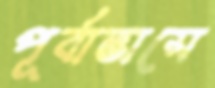
পূর্বাভাসে